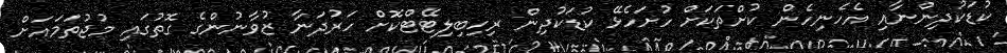
ކުޑަކުދިންނާއި އެހެނިހެން ކުށްތަކަށް ހުށަހެޅޭ ކުޑަކުދިން ރިހިބިލިޓޭޓްކޮށް ހަރުދަނާ ޒުވާނުންގެ ގޮތުގައި މުޖުތަމައަށް